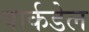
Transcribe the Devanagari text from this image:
पार्कडेल